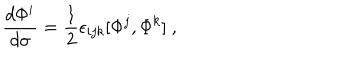
LaTeX: { \frac { d \Phi ^ { i } } { d \sigma } } = { \frac { 1 } { 2 } } \epsilon _ { i j k } [ \Phi ^ { j } , \Phi ^ { k } ] \ ,